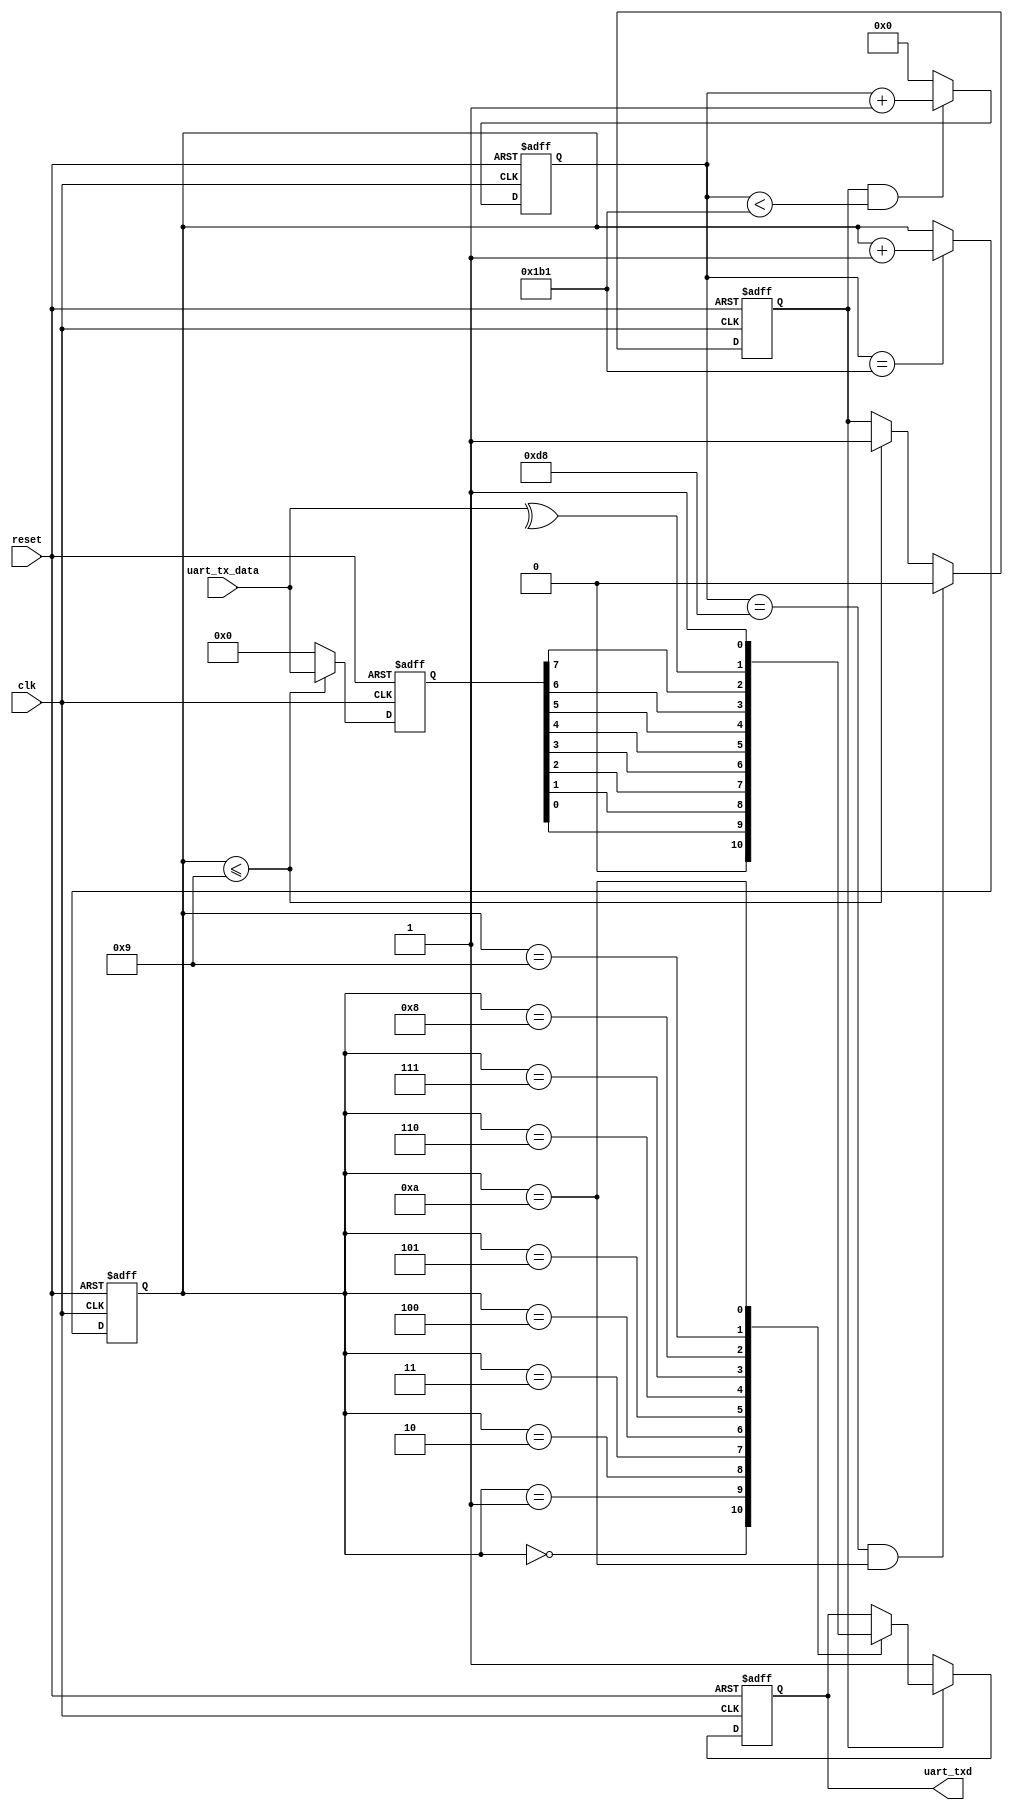
module uart_tx(
    input       clk,
    input       reset,
    input [7:0] uart_tx_data,
    output reg  uart_txd
);
wire parity;
reg [7:0]  tx_data_temp;
reg uart_tx_busy;
reg [15:0] baud_cnt;
reg [3:0]  tx_cnt;
parameter  clk_freq = 50000000;
parameter  uart_bps = 115200;
parameter  baud_cnt_max = clk_freq/uart_bps;

// uart_tx_data register
always @(posedge clk or posedge reset) begin
    if(reset)
        tx_data_temp <= 8'd0;
    else
        tx_data_temp <= (tx_cnt <= 9) ? uart_tx_data : 8'd0;
end

// Counting Baud rate
always @(posedge clk or posedge reset) begin
    if(reset)
        baud_cnt <= 16'b0;
    else
        baud_cnt <= (uart_tx_busy && (baud_cnt < baud_cnt_max - 16'd1)) ? baud_cnt + 16'd1 : 16'd0;
end

// Define tx_cnt
always @(posedge clk or posedge reset) begin
    if(reset)
        tx_cnt <= 4'b0;
    else 
        tx_cnt <= (baud_cnt == baud_cnt_max - 4'd1) ? tx_cnt + 4'd1 : tx_cnt;
end


// transmission proceeds?
always @(posedge clk or posedge reset) begin
    if(reset) 
        uart_tx_busy <= 1'b0;
    else if (baud_cnt == baud_cnt_max/2-1'b1 && tx_cnt == 4'd10)
        uart_tx_busy <= 1'b0;
    else if(tx_cnt <=9)
        uart_tx_busy <= 1'b1;
    else
        uart_tx_busy <= uart_tx_busy;
end

assign parity = ^uart_tx_data;

always @(posedge clk or posedge reset) begin
    if(reset)
        uart_txd <= 1'b1;
    else if(uart_tx_busy) begin
        case(tx_cnt)
            4'd0: uart_txd <= 1'b0;             //start bit
            4'd1: uart_txd <= tx_data_temp[0];
            4'd2: uart_txd <= tx_data_temp[1];
            4'd3: uart_txd <= tx_data_temp[2];
            4'd4: uart_txd <= tx_data_temp[3];
            4'd5: uart_txd <= tx_data_temp[4];
            4'd6: uart_txd <= tx_data_temp[5];
            4'd7: uart_txd <= tx_data_temp[6];
            4'd8: uart_txd <= tx_data_temp[7];
            4'd9: uart_txd <= parity;            //parity bit
            4'd10: uart_txd <= 1'b1;            //stop bit
            default: ;
        endcase
    end
    else
        uart_txd <= 1'b1;
end
endmodule